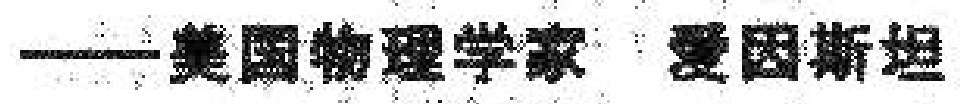
——美国物理学家 爱因斯坦